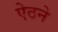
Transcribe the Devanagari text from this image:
ऐठने